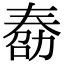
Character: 𠢌